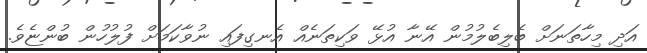
އަދި މިހާތަނަށް ބެލިބެލުމުން އޭނާ އުޅޭ ވަކިތަނެއް އެނގިފައި ނުވާކަމަށް ފުލުހުން ބުންޏެވެ.